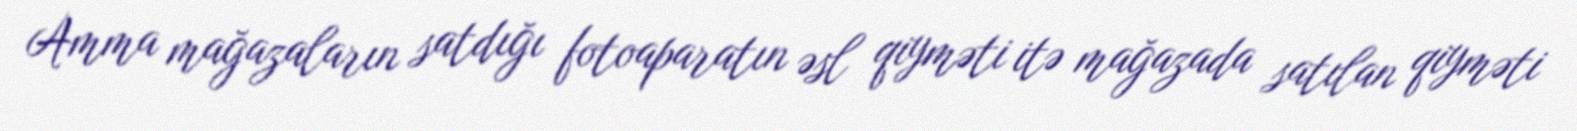
Amma mağazaların satdığı fotoaparatın əsl qiyməti itə mağazada satılan qiyməti